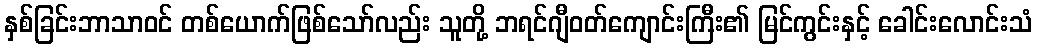
နှစ်ခြင်းဘာသာဝင် တစ်ယောက်ဖြစ်သော်လည်း သူတို့ ဘရင်ဂျီဝတ်ကျောင်းကြီး၏ မြင်ကွင်းနှင့် ခေါင်းလောင်းသံ